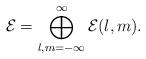
LaTeX: \begin{align*}{\cal E} = \bigoplus_{l,m = -\infty}^\infty{\cal E}(l,m).\end{align*}